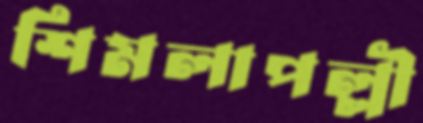
শিমলাপল্লী